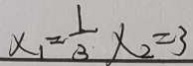
x _ { 1 } = \frac { 1 } { 3 } x _ { 2 } = 3